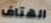
الهتاف